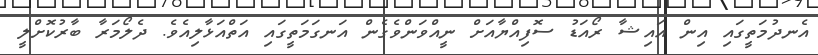
އެނދުމަތީގައި އިން އައިޝާ ރޯއަޑު ސޮފިއްޔާއަށް ނީއްވަންވެގެން އަނގަމަތީގައި އަތްއަޅާލިއެވެ. ދެލޯމަރާ ބާރުކޮށްލީ